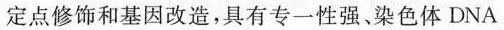
定点修饰和基因改造，具有专一性强、染色体DNA